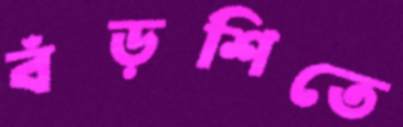
বঁড়শিতে